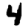
Digit: 4